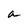
Character: a